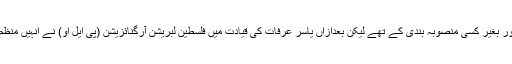
ابتدائی مظاہرے اچانک اور بغیر کسی منصوبہ بندی کے تھے لیکن بعدازاں یاسر عرفات کی قیادت میں فلسطین لبریشن آرگنائزیشن (پی ایل او) نے انہیں منظم طریقے سے شروع کیا۔